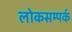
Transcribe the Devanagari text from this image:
लोकसम्पर्क